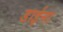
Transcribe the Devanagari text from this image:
डाईना